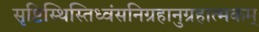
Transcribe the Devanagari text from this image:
सृष्टिस्थिस्तिध्वंसनिग्रहानुग्रहात्मकम्